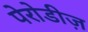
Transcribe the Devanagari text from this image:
पेरोडीज़